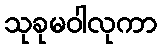
သုခုမဝါလုကာ